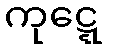
ကုဋ္ဋေ